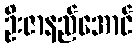
ဦးဇာနည်အောင်